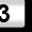
Digit: 3